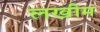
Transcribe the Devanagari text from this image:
लखीम